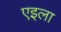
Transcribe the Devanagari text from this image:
एइला